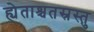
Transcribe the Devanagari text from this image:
ह्येताश्चतस्रस्तु